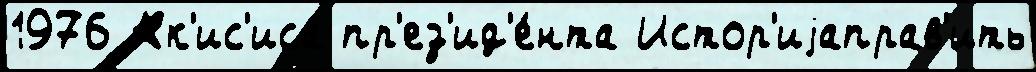
1976 Ак'ис'иса пр'ез'ид'е́нта Истор'иjаправ'ить